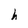
Character: h